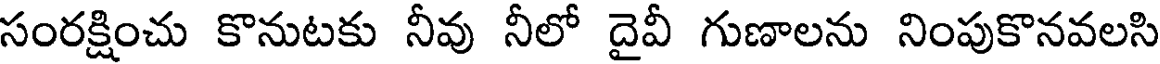
సంరక్షించు కొనుటకు నీవు నీలో దైవీ గుణాలను నింపుకొనవలసి